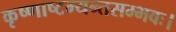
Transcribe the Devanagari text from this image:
कृष्णाष्टम्यन्तसम्भवः।